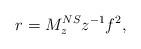
LaTeX: \begin{align*}r = M_z^{NS} z^{-1} f^2,\end{align*}